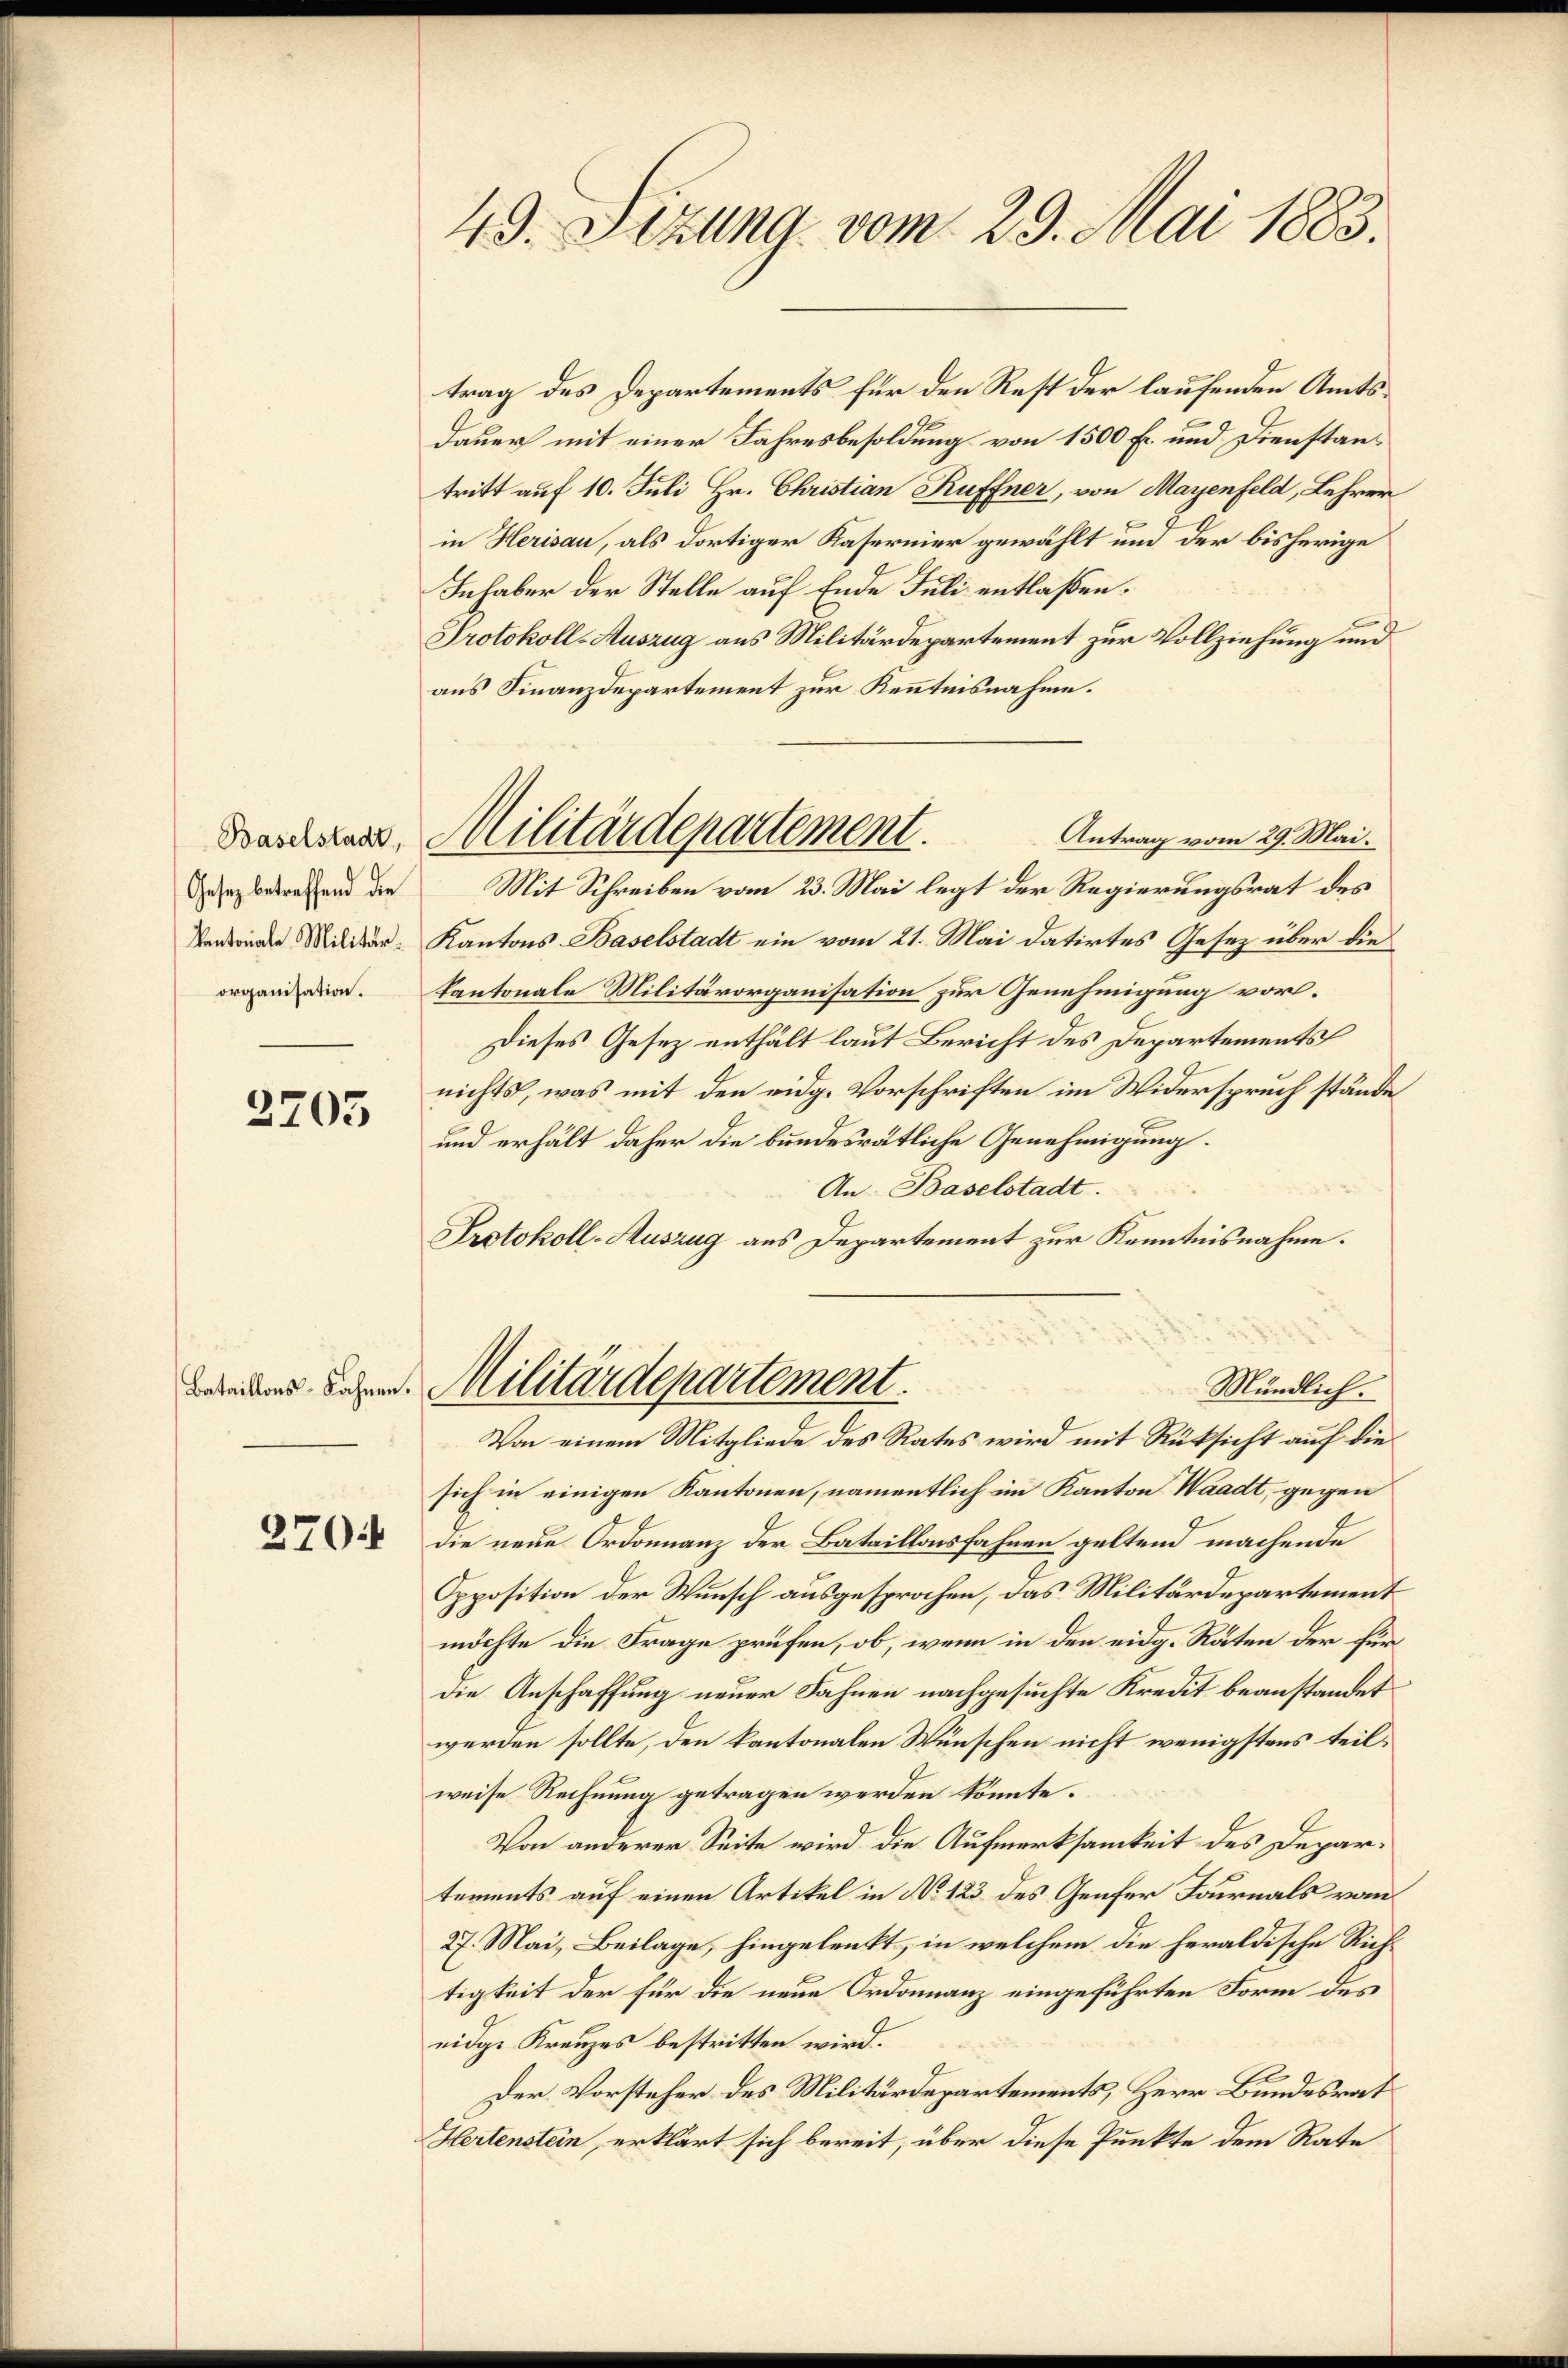
Baselstadt,
Gesetz betreffend die

2705

Bataillons-Bahnen.

2704

49. Sizung vom 29. Mai 1883.

trag des Departements für den Rest der laufenden Amts¬
Dauer mit einer Jahresbesoldung von 1500 Fr. und Dienstantritt auf 10. Juli Hr. Christian Kuffner, von Mayenfeld, Lehrer
in Herisau, als dortiger Kasernier gewählt und der bisherige
Inhaber der Stelle auf Ende Juli entlaßen.
Protokoll-Auszug aus Militärdepartement zur Vollziehung und
aus Finanzdepartement zur Kenntnisnahme.
Antrag vom 29. Mai.
Mit Schreiben vom 23. Mai legt der Regierungsrat des
Pendende Militar-Kantons Baselstadt ein vom 21. Mai datirtes Gesez über die
organ die Kantonale Militärorganisation zur Genehmigung vor.
Dieses Gesez enthält laut Bericht des Departements
nichts, was mit den eidg. Vorschriften im Widerspruch stände
und erhält daher die bundesrätliche Genehmigung.
An Baselstadt.
Protokoll-Auszug aus Departement zur Kenntnisnahme.
Militärdepartement.
Mündlich.
Von einem Mitgliede des Rates wird mit Rüksicht auf die
sich in einigen Kantonen, namentlich im Kanton Waadt, gegen
die neue Ordonnanz der Bataillonsfahnen geltend machende
Opposition der Wunsch ausgesprochen, das Militärdepartement
möchte die Frage prüfen, ob, wenn in den eidg. Räten der für
die Anschaffung neuer Fahnen nachgesuchte Kredit beanstandet
werden sollte, den kantonalen Wünschen nicht wenigstens teilweise Rechnung getragen werden könnte.
Von anderer Seite wird die Aufmerksamkeit des Depar¬
.
tements auf einen Artikel in No 123 des Genfer Journals vom
27. Mai, Beilage, hingelenkt, in welchem die heraldische Richtigkeit der für die neue Ordonanz eingeführten Form des
eidge Kreuzes bestritten wird.
9
Der Vorsteher des Militärdepartements, Herr Bundesrat
Hertenstein, erklärt sich bereit, über diese Punkte dem Rate

Militärdepartement.